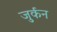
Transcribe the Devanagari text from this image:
जुर्कन